Burma Government Medical School reports 1907-22
Year: 1907
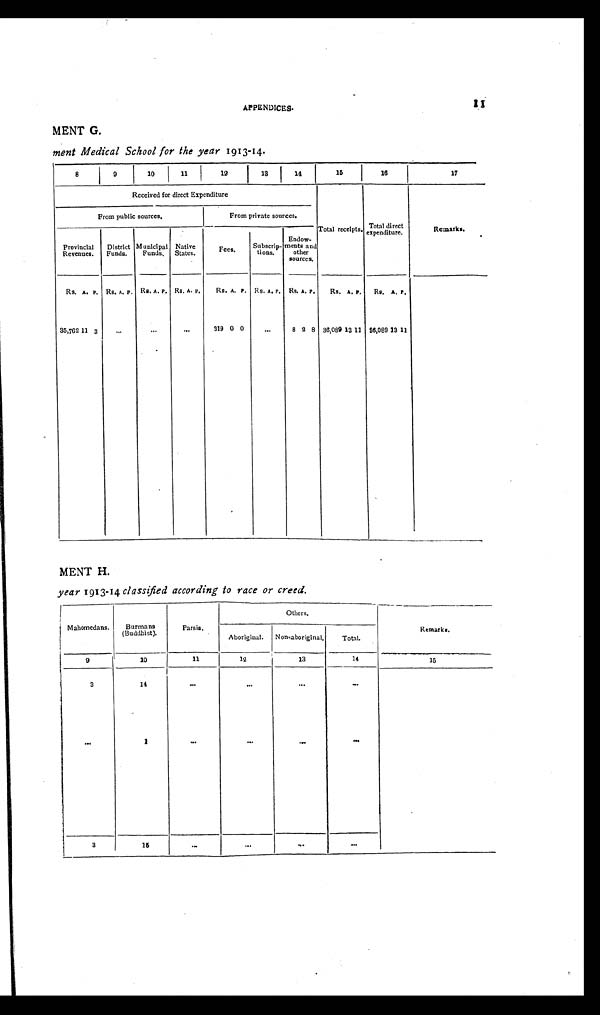
1
APPENDICES.
MENT G.
ment Medical School for the year 1913-14.
8
9
10
11
I
19
13 I
14
15
16
17
Received for direct Expenditure
Total receipts expenditure, Total sirect
Remarks.
From public sources.
From private sources.
Provincial
Revenues.
District
Funds.
Municipal
Funds,
Native
States.
Fees. .
Subscrip-
tions.
Endow-
ments and
other
sources.
Rs. A. P. Rs. A. p Rs. A. P. Rs, A. P.
Rs. A. P. Rs. A. P. Rs. A. P.
Rs. A. p.
Re. A. P.
35,762 11 3
...
...
319 0 0
...
8 2 8 36,089 13 11 96,089 13 11
MENT H.
year 1913-14classified according to race or creed.
Mahomedans.
Burmans
(Buddhist).
Parole,
Others.
Remarks.
Aboriginal.
Non-aboriginal.
Total.
9
10
11
12
13
14
—
1 5
3
. . .
14
1
. . .
. . .
. . .
. . .
...
. . . .
. . .
. . .
3
16
—
. . .
...
. . .